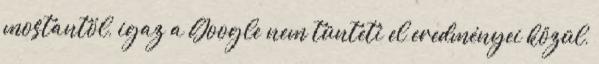
mostantól, igaz a Google nem tünteti el eredményei közül,